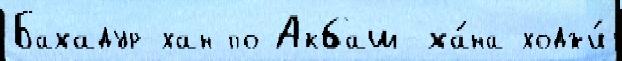
Бахадур-хан по Акбаш-ха́на ходжи́